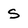
Character: S